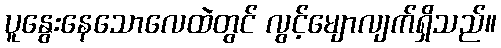
ပူနွေးနေသောလေထဲတွင် လွင့်မျောလျက်ရှိသည်။